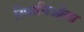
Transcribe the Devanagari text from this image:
स्पािनिओला